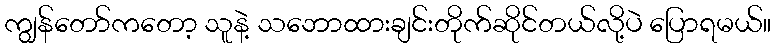
ကျွန်တော်ကတော့ သူနဲ့ သဘောထားချင်းတိုက်ဆိုင်တယ်လို့ပဲ ပြောရမယ်။